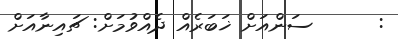
:      ސަންއަށް ޚަބަރެއް ދެއްވުމަށް: ޗައިނާއަށް